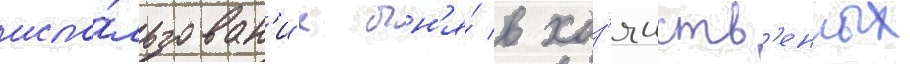
испо́льзован'ие огн'я́ в хоз'яиств'енных